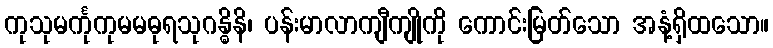
ကုသုမင်္ကုကုမမဓုရသုဂန္ဓိနိ၊ ပန်းမာလာကျီကျိုကို ကောင်းမြတ်သော အနံ့ရှိထသော။